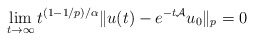
\begin{align*}\lim_{t\to \infty}t^{ (1-1/p)/\alpha}\|u(t)-e^{-t{\cal A}}u_0\|_p = 0\end{align*}